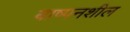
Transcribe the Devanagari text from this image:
बाष्पनशील